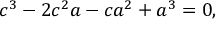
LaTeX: c ^ { 3 } - 2 c ^ { 2 } a - c a ^ { 2 } + a ^ { 3 } = 0 ,